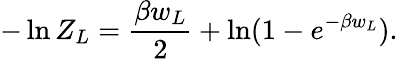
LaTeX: -\ln Z_{L}={\frac{\beta w_{L}}{2}}+\ln(1-e^{-\beta w_{L}}).